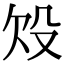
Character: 𣪄